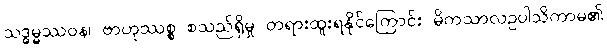
သဒ္ဓမ္မဿဝန၊ ဗာဟုဿစ္စ စသည်ရှိမှု တရားထူးရနိုင်ကြောင်း မိကသာလဥပါသိကာမ၏